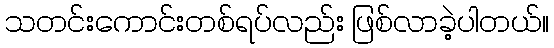
သတင်းကောင်းတစ်ရပ်လည်း ဖြစ်လာခဲ့ပါတယ်။